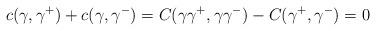
LaTeX: \begin{align*} c(\gamma,\gamma^+)+c(\gamma,\gamma^-)=C(\gamma \gamma^+,\gamma \gamma^{-})-C(\gamma^+,\gamma^-)=0\end{align*}